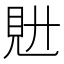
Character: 𧠌